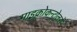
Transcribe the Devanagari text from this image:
माइक्रोकन्ट्रोलरों